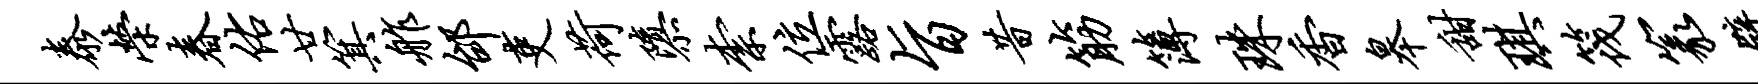
泰荣春佑廿箕舴邰吏荷隳柰位露旨昔筋簿珠香皋甜琪筏篆壁